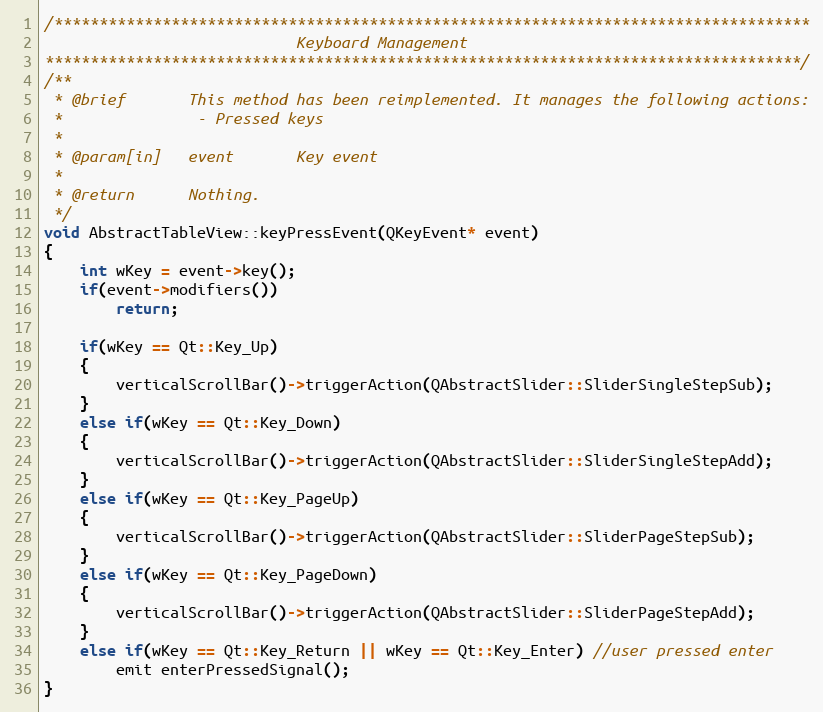
Language: C++
/************************************************************************************
                            Keyboard Management
************************************************************************************/
/**
 * @brief       This method has been reimplemented. It manages the following actions:
 *               - Pressed keys
 *
 * @param[in]   event       Key event
 *
 * @return      Nothing.
 */
void AbstractTableView::keyPressEvent(QKeyEvent* event)
{
    int wKey = event->key();
    if(event->modifiers())
        return;

    if(wKey == Qt::Key_Up)
    {
        verticalScrollBar()->triggerAction(QAbstractSlider::SliderSingleStepSub);
    }
    else if(wKey == Qt::Key_Down)
    {
        verticalScrollBar()->triggerAction(QAbstractSlider::SliderSingleStepAdd);
    }
    else if(wKey == Qt::Key_PageUp)
    {
        verticalScrollBar()->triggerAction(QAbstractSlider::SliderPageStepSub);
    }
    else if(wKey == Qt::Key_PageDown)
    {
        verticalScrollBar()->triggerAction(QAbstractSlider::SliderPageStepAdd);
    }
    else if(wKey == Qt::Key_Return || wKey == Qt::Key_Enter) //user pressed enter
        emit enterPressedSignal();
}